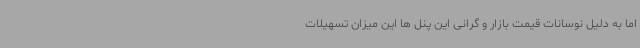
اما به دلیل نوسانات قیمت بازار و گرانی این پنل ها این میزان تسهیلات